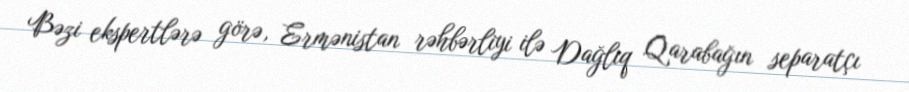
Bəzi ekspertlərə görə, Ermənistan rəhbərliyi ilə Dağlıq Qarabağın separatçı